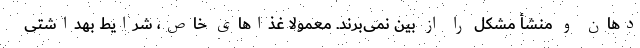
دهان و منشأ مشکل را از بین نمی‌برند. معمولا غذاهای خاص، شرایط بهداشتی